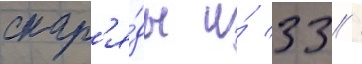
снар'я́ды и́ 33 /